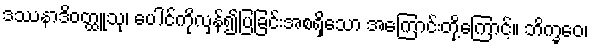
ဒဿနာဒိဝတ္ထူသု၊ ပေါင်ကိုလှန်၍ပြခြင်းအစရှိသော အကြောင်းတို့ကြောင့်။ ဘိက္ခဝေ၊